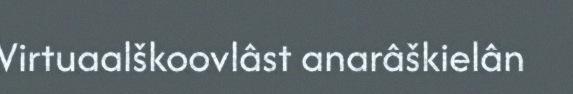
Virtuaalškoovlâst anarâškielân